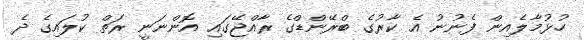
ހުޅުމާލެއިން ފެނުނު އެ ކާރުގެ ބްރޭންޑްގެ ރާއްޖޭގައި އޮންނަނީ ރަތް ކުލައިގެ ދެ